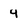
Character: 4